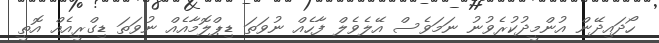
ހޯދައިދޭން އުންމީދުކުރެވުނު ނަމަވެސް އޭލެވެލް ފާހެއް ނުވަތަ ޑިޕްލޮމާއެއް ނުވަތަ ޑިގްރީއެއް އޮތީ